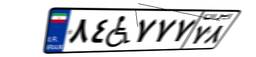
۸۴W۷۷۷۷۸